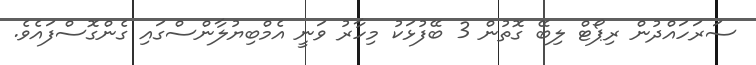
ސަރަހައްދުން ރިޕޯޓް ލިބޭ ގޮތުން 3 ބޭފުޅަކު މިހާރު ވަނީ އެމްބިޔުލާންސްގައި ގެންގޮސްފައެވެ.